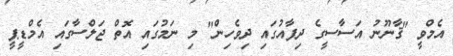
އެމްވީ "ޤާނޫނު އަސާސީގެ ދިފާއުގައި ދިވެހިން" މި ނަމުގައި އޮތް ޖަލްސާގައި އެމްޑީޕީ